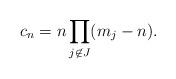
LaTeX: \begin{align*} c_n = n \prod_{j \not\in J} (m_j-n). \end{align*}